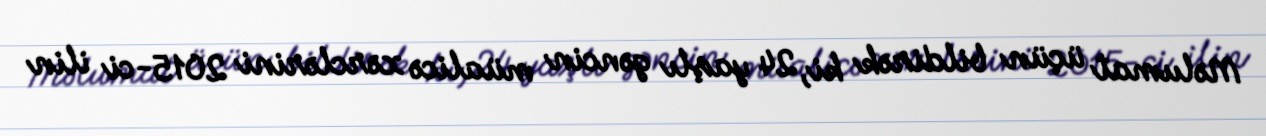
Məlumat üçün bildirək ki, 24 yaşlı gəncin müalicə xərclərini 2015-ci ilin